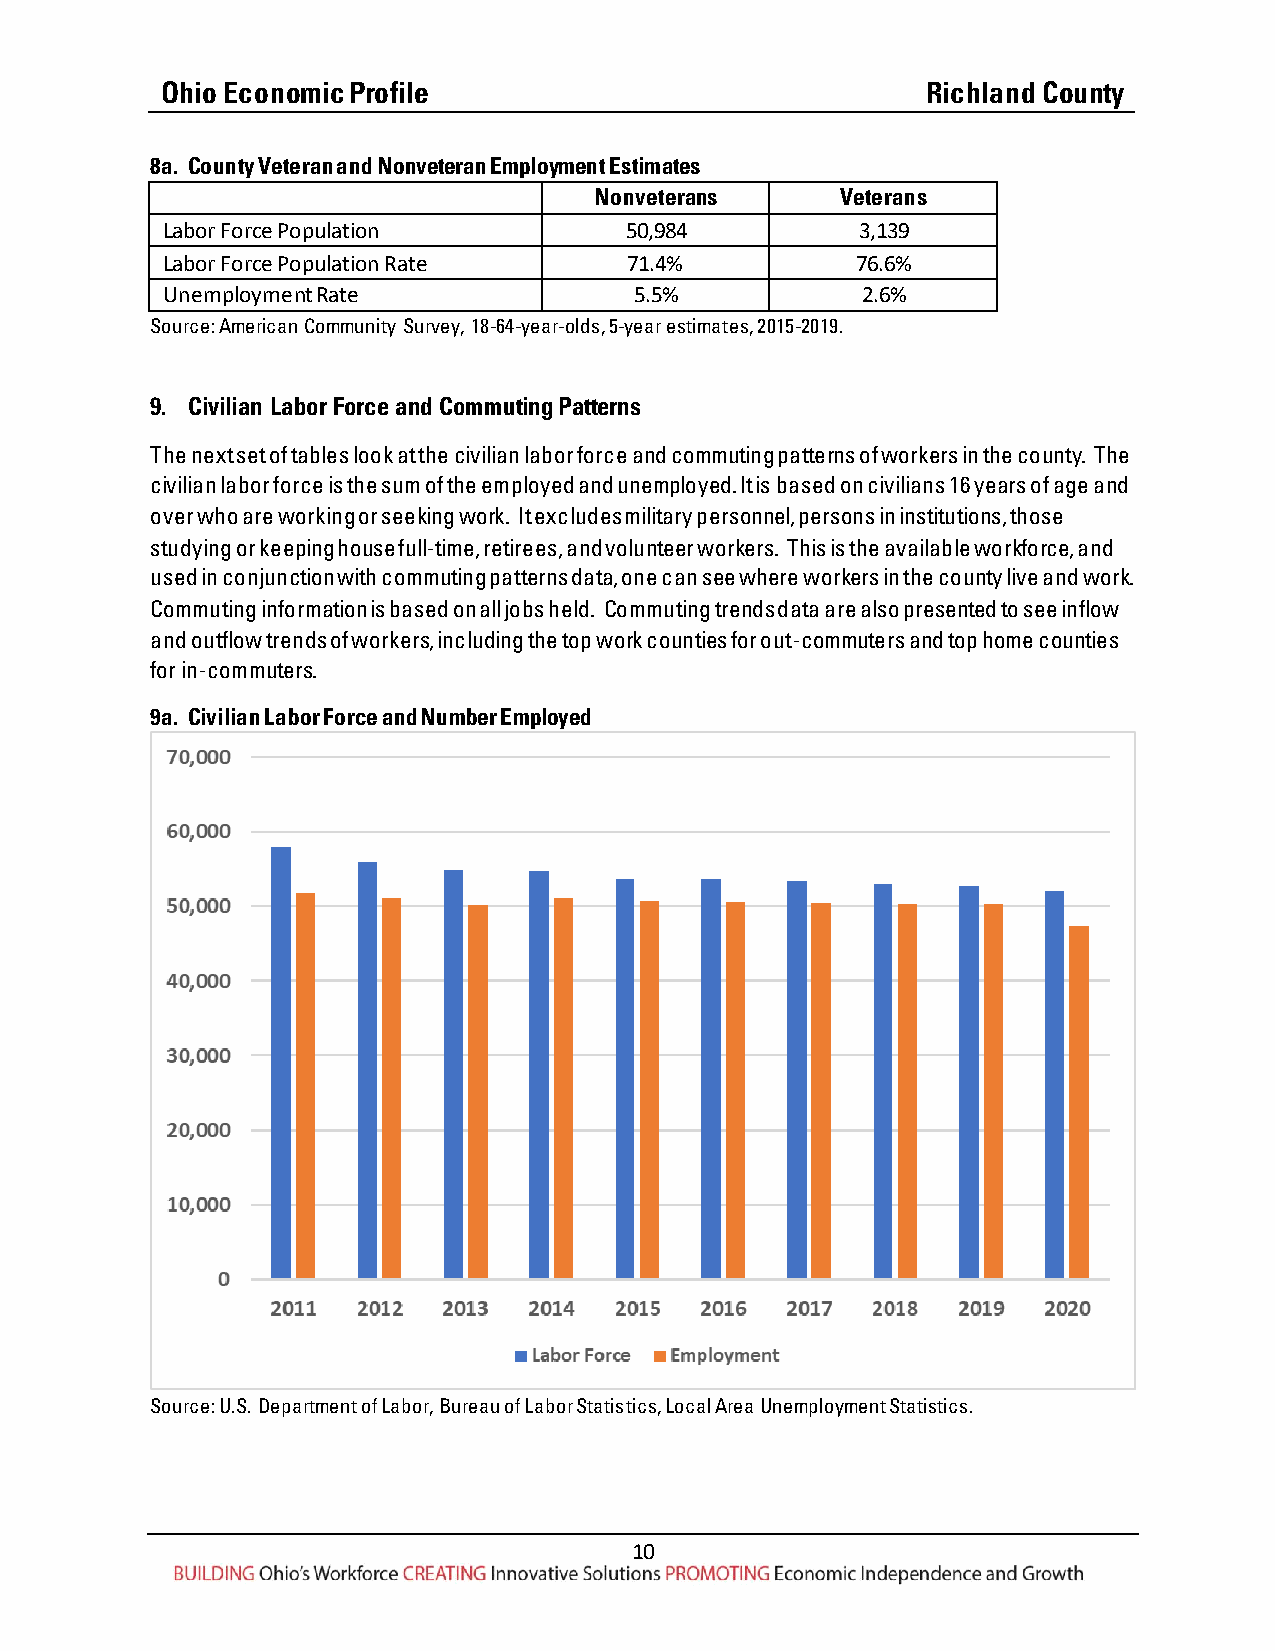
Ohio Economic Profile                             Richland County
 8a. County Veteran and Nonveteran Employment Estimates
 Nonveterans      Veterans
 Labor Force Population        50,984          3,139
 Labor Force Population Rate    71.4%          76.6%
 Unemployment Rate              5.5%           2.6%
 Source: American Community Survey, 18-64-year-olds, 5-year estimates, 2015-2019.
 9. Civilian Labor Force and Commuting Patterns
 The next set of tables look at the civilian labor force and commuting patterns of workers in the county. The
 civilian labor force is the sum of the employed and unemployed. It is based on civilians 16 years of age and
 over who are working or seeking work. It excludes military personnel, persons in institutions, those
 studying or keeping house full-time, retirees, and volunteer workers. This is the available workforce, and
 used in conjunction with commuting patterns data, one can see where workers in the county live and work.
 Commuting information is based on all jobs held. Commuting trends data are also presented to see inflow
 and outflow trends of workers, including the top work counties for out-commuters and top home counties
 for in-commuters.
 9a. Civilian Labor Force and Number Employed
 Source: U.S. Department of Labor, Bureau of Labor Statistics, Local Area Unemployment Statistics.
 10